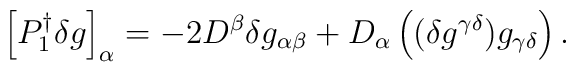
\left[   P_{1}^{\dagger}\delta g\right]_{\alpha} = - 2 D^{\beta}\delta g_{\alpha\beta} + D_{\alpha}\left( (\delta g^{\gamma\delta})   g_{\gamma\delta} \right).